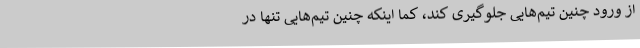
از ورود چنین تیم‌هایی جلوگیری کند، کما اینکه چنین تیم‌هایی تنها در